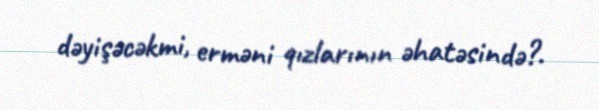
dəyişəcəkmi, erməni qızlarının əhatəsində?.